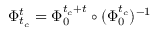
\Phi _ { t _ { c } } ^ { t } = \Phi _ { 0 } ^ { t _ { c } + t } \circ ( \Phi _ { 0 } ^ { t _ { c } } ) ^ { - 1 }